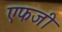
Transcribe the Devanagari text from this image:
एफजी